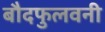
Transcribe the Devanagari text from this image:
बौदफुलवनी